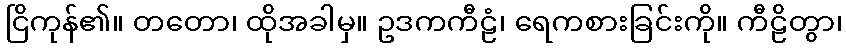
ငြိကုန်၏။ တတော၊ ထိုအခါမှ။ ဥဒကကီဠံ၊ ရေကစားခြင်းကို။ ကီဠိတွာ၊